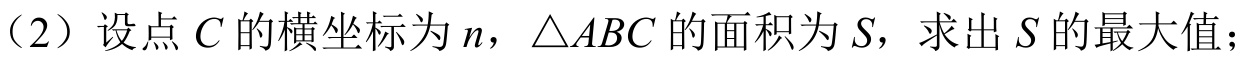
（2）设点 \(C\) 的横坐标为 \(n\)，\(\triangle ABC\) 的面积为 \(S\)，求出 \(S\) 的最大值；